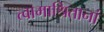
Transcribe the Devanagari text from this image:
त्वामाश्रितानां